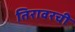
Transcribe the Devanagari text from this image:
तिरावरची